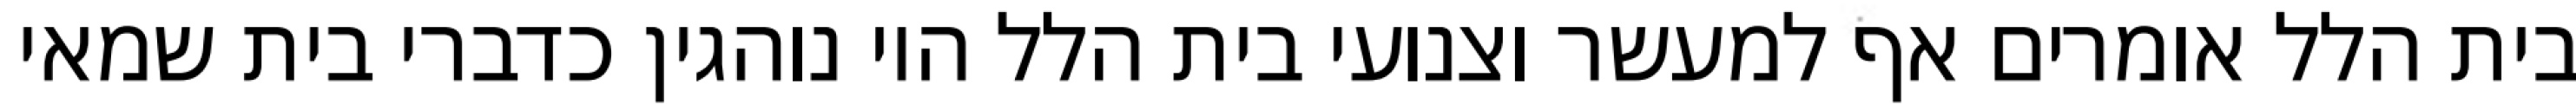
בית הלל אומרים אף למעשר וצנועי בית הלל היו נוהגין כדברי בית שמאי